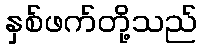
နှစ်ဖက်တို့သည်